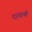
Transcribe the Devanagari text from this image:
दरयाणी